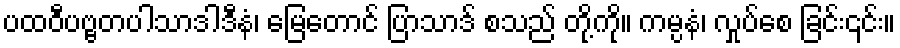
ပထဝီပဗ္ဗတပါသာဒါဒီနံ၊ မြေတောင် ပြာသာဒ် စသည် တို့ကို။ ကမ္ပနံ၊ လှုပ်စေ ခြင်း၎င်း။